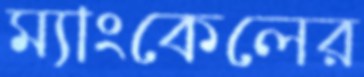
ম্যাংকেলের